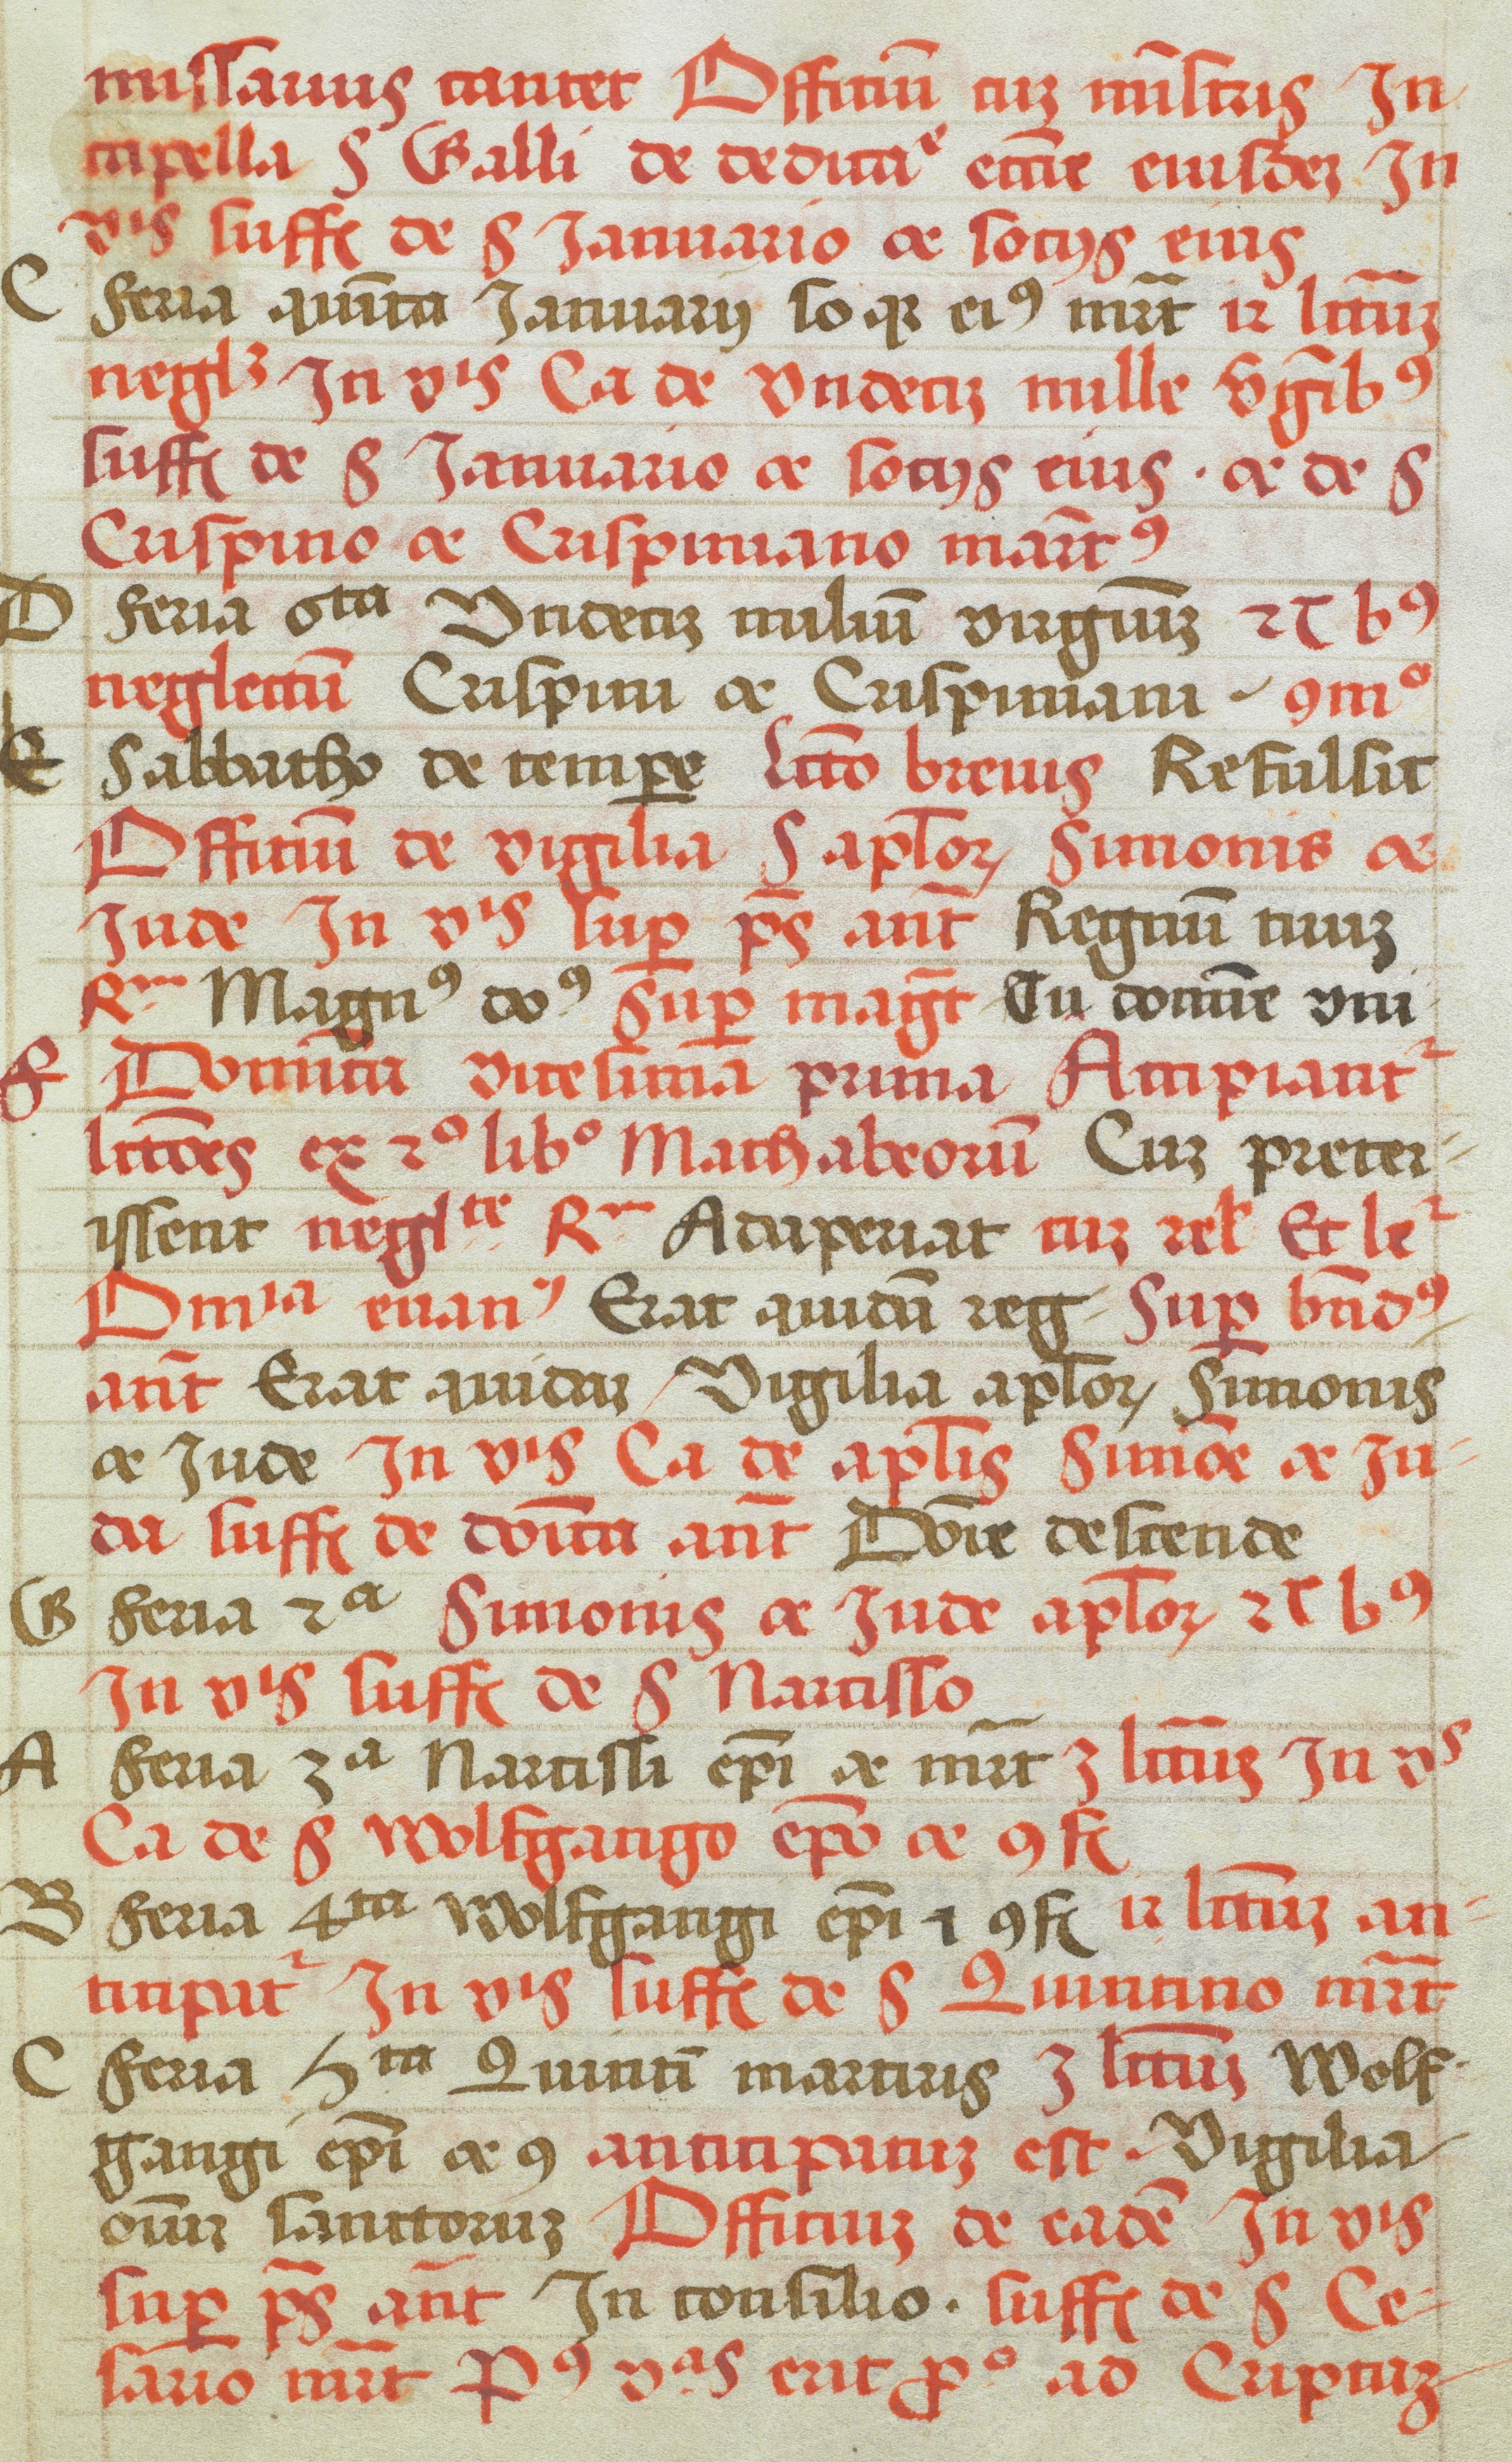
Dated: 1505–1535